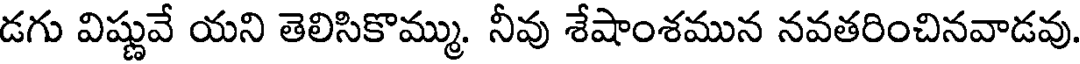
డగు విష్ణువే యని తెలిసికొమ్ము. నీవు శేషాంశమున నవతరించినవాడవు